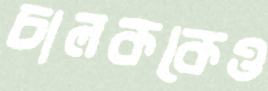
চালককেও